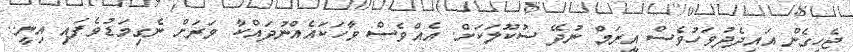
ޖެހިގެން އައިދެދުވަހުވެސް އީރަމް ނުދޭ ސުކޫލަކަށް. އެއްވެސް ވާހަކައެއްނުދައްކާ ވަރަށް ނެގިމަޑުވެފައި އިނީ..